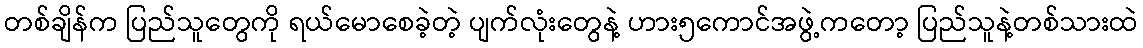
တစ်ချိန်က ပြည်သူတွေကို ရယ်မောစေခဲ့တဲ့ ပျက်လုံးတွေနဲ့ ဟား၅ကောင်အဖွဲ့ကတော့ ပြည်သူနဲ့တစ်သားထဲ